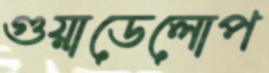
গুয়াডেলোপ